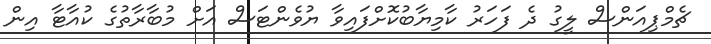
ޗެމްޕިއަންސް ލީގު ދެ ފަހަރު ކާމިޔާބުކޮށްފައިވާ ޔުވެންޓަސް އަށް މުބާރާތުގެ ކުއާޓާ އިން